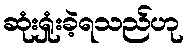
ဆုံးရှုံးခဲ့ရသည်ဟု